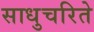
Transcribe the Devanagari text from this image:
साधुचरिते